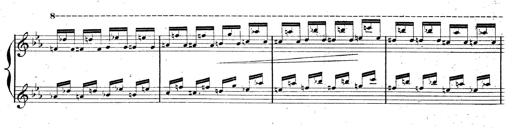
Title: AnnÃ©es de pÃ¨lerinage II, SupplÃ©ment
Composer: Franz Liszt